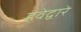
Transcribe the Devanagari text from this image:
हवेद्वारे